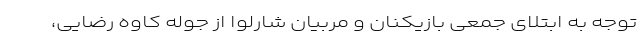
توجه به ابتلای جمعی بازیکنان و مربیان شارلوا از جوله کاوه رضایی،